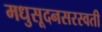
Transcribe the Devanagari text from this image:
मधुसूदनसरस्वती